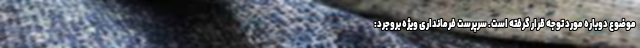
موضوع دوباره مورد توجه قرار گرفته است. سرپرست فرمانداری ویژه بروجرد: